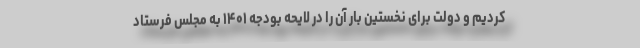
کردیم و دولت برای نخستین بار آن را در لایحه بودجه ۱۴۰۱ به مجلس فرستاد